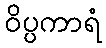
ဝိပ္ပကာရံ